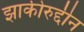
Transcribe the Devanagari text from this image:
झाकीरुद्दीन